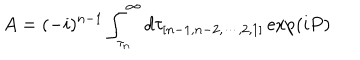
LaTeX: A = ( - i ) ^ { n - 1 } \int _ { \tau _ { n } } ^ { \infty } d \tau _ { [ n - 1 , n - 2 , \cdots , 2 , 1 ] } \exp ( i P ) \,